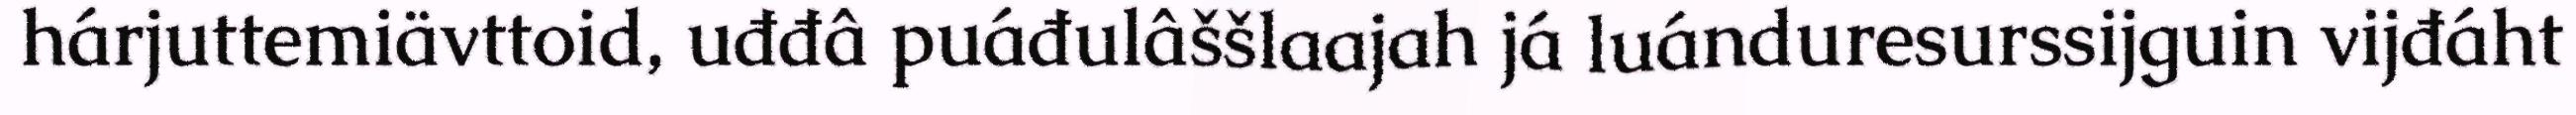
hárjuttemiävttoid, uđđâ puáđulâššlaajah já luánduresurssijguin vijđáht